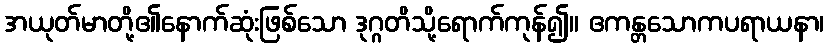
အယုတ်မာတို့၏နောက်ဆုံးဖြစ်သော ဒုဂ္ဂတိသို့ရောက်ကုန်၍။ ဧကန္တသောကပရာယနာ၊